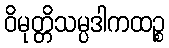
ဝိမုတ္တိသမ္ပဒါကထဉ္စ